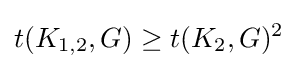
t(K_{1,2},G)\geq t(K_{2},G)^{2}